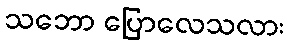
သဘော ပြောလေသလား